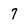
Character: 7